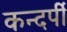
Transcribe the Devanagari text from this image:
कन्दर्पी